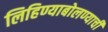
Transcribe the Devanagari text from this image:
लिहिण्याबोलण्याची